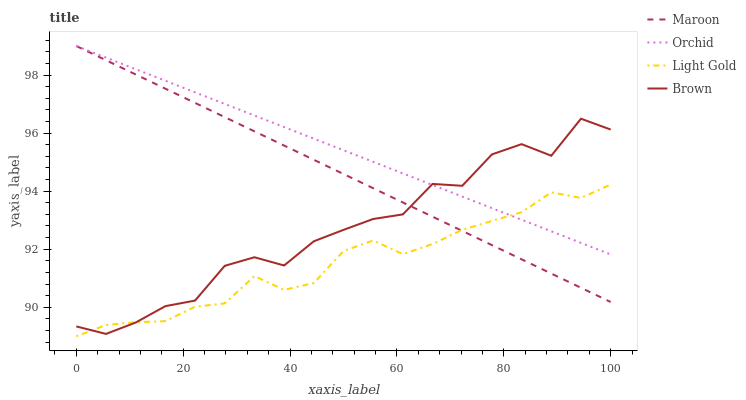
| xaxis_label | Maroon | Orchid | Light Gold | Brown |
 | --- | --- | --- | --- | --- |
 | 0 | 99 | 99 | 89 | 89.3 |
 | 5.56 | 98.5 | 98.6 | 89.4 | 89.1 |
 | 11.1 | 98 | 98.2 | 89.5 | 89.5 |
 | 16.7 | 97.5 | 97.8 | 89.5 | 90 |
 | 22.2 | 97 | 97.4 | 90 | 90.2 |
 | 27.8 | 96.6 | 97 | 90.1 | 91.4 |
 | 33.3 | 96.1 | 96.6 | 91.1 | 91.7 |
 | 38.9 | 95.6 | 96.2 | 90.6 | 91.4 |
 | 44.4 | 95.1 | 95.8 | 90.8 | 92.3 |
 | 50 | 94.6 | 95.4 | 91.9 | 92.7 |
 | 55.6 | 94.1 | 95 | 92.3 | 93 |
 | 61.1 | 93.6 | 94.6 | 91.8 | 93.2 |
 | 66.7 | 93.1 | 94.2 | 92.2 | 94.2 |
 | 72.2 | 92.6 | 93.8 | 92.7 | 94.2 |
 | 77.8 | 92.1 | 93.4 | 93 | 95.3 |
 | 83.3 | 91.7 | 93 | 93.3 | 95.6 |
 | 88.9 | 91.2 | 92.6 | 94 | 95.2 |
 | 94.4 | 90.7 | 92.2 | 93.8 | 96.5 |
 | 100 | 90.2 | 91.8 | 94.2 | 96.1 |